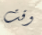
وقت